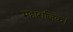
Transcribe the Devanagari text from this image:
महाराजिक।